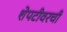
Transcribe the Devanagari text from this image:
शेपटीवरची